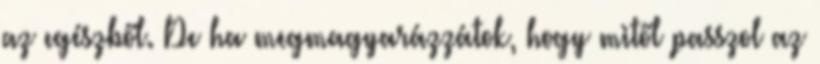
az egészből. De ha megmagyarázzátok, hogy mitől passzol az